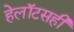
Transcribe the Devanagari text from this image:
हेलॉटसही